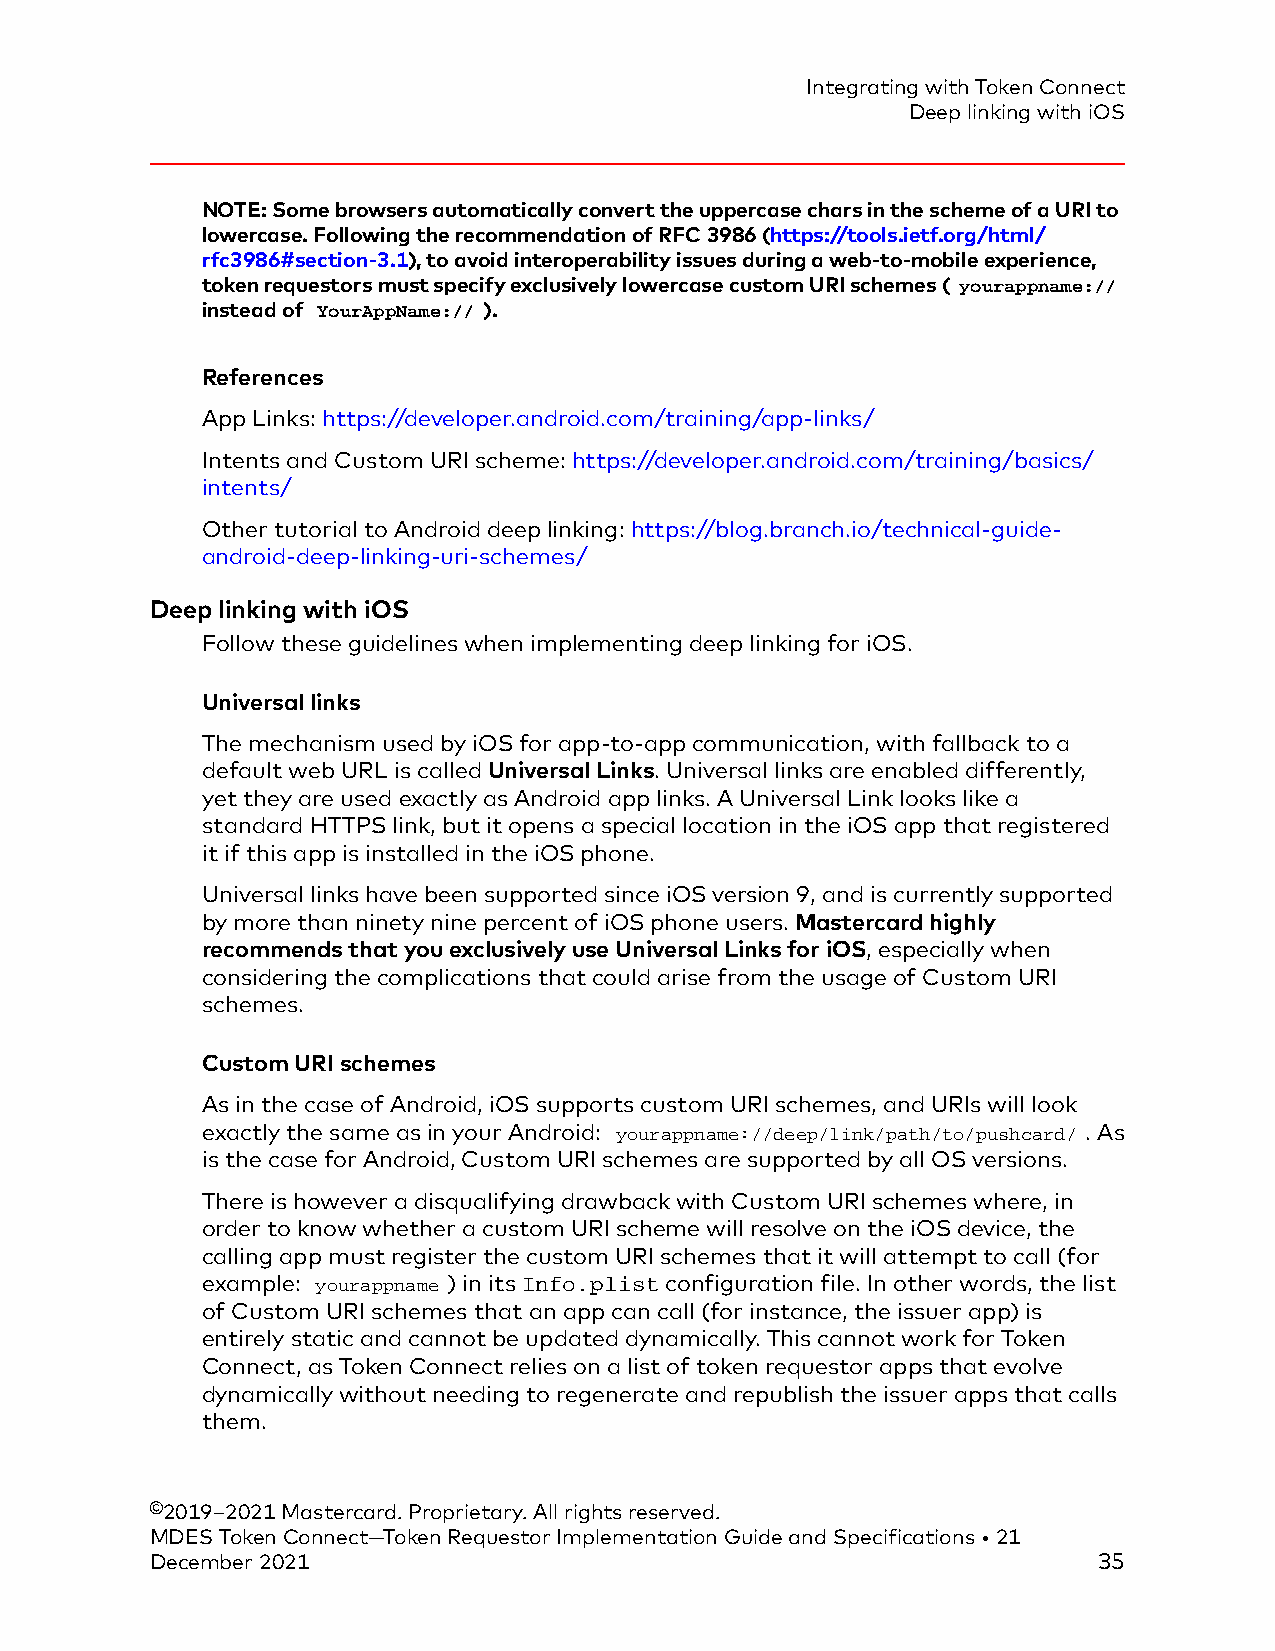
Integrating with Token Connect
 Deep linking with iOS
 NOTE: Some browsers automatically convert the uppercase chars in the scheme of a URI to
 lowercase. Following the recommendation of RFC 3986 (https://tools.ietf.org/html/
 rfc3986#section-3.1), to avoid interoperability issues during a web-to-mobile experience,
 token requestors must specify exclusively lowercase custom URI schemes ( yourappname://
 instead of YourAppName:// ).
 References
 App Links: https://developer.android.com/training/app-links/
 Intents and Custom URI scheme: https://developer.android.com/training/basics/
 intents/
 Other tutorial to Android deep linking: https://blog.branch.io/technical-guide-
 android-deep-linking-uri-schemes/
 Deep linking with iOS
 Follow these guidelines when implementing deep linking for iOS.
 Universal links
 The mechanism used by iOS for app-to-app communication, with fallback to a
 default web URL is called Universal Links. Universal links are enabled differently,
 yet they are used exactly as Android app links. A Universal Link looks like a
 standard HTTPS link, but it opens a special location in the iOS app that registered
 it if this app is installed in the iOS phone.
 Universal links have been supported since iOS version 9, and is currently supported
 by more than ninety nine percent of iOS phone users. Mastercard highly
 recommends that you exclusively use Universal Links for iOS, especially when
 considering the complications that could arise from the usage of Custom URI
 schemes.
 Custom URI schemes
 As in the case of Android, iOS supports custom URI schemes, and URIs will look
 exactly the same as in your Android: yourappname://deep/link/path/to/pushcard/ . As
 is the case for Android, Custom URI schemes are supported by all OS versions.
 There is however a disqualifying drawback with Custom URI schemes where, in
 order to know whether a custom URI scheme will resolve on the iOS device, the
 calling app must register the custom URI schemes that it will attempt to call (for
 example: yourappname ) in its Info.plist configuration file. In other words, the list
 of Custom URI schemes that an app can call (for instance, the issuer app) is
 entirely static and cannot be updated dynamically. This cannot work for Token
 Connect, as Token Connect relies on a list of token requestor apps that evolve
 dynamically without needing to regenerate and republish the issuer apps that calls
 them.
 ©2019–2021 Mastercard. Proprietary. All rights reserved.
 MDES Token Connect—Token Requestor Implementation Guide and Specifications • 21
 December 2021                                                  35